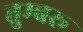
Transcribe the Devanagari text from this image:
तुम्बरू